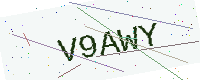
Text: V9AWY